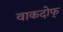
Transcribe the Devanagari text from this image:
वाकदोफ्